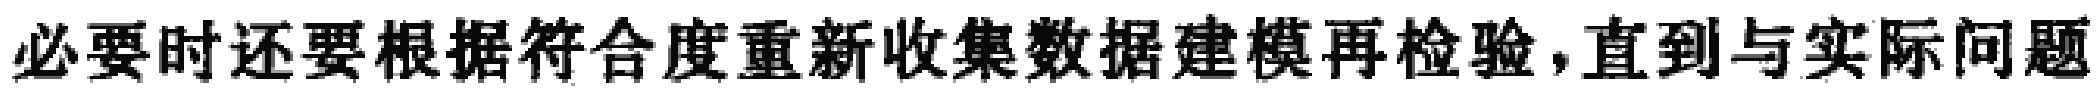
必要时还要根据符合度重新收集数据建模再检验，直到与实际问题